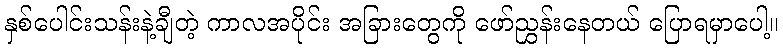
နှစ်ပေါင်းသန်းနဲ့ချီတဲ့ ကာလအပိုင်း အခြားတွေကို ဖော်ညွှန်းနေတယ် ပြောရမှာပေါ့။